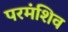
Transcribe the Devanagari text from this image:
परमंशिव